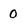
Character: 0